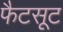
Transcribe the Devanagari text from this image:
फैटसूट